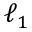
\ell _ { 1 }